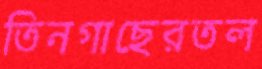
তিনগাছেরতল